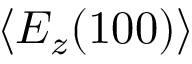
\langle E _ { z } ( 1 0 0 ) \rangle